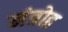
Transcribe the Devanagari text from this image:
मंत्रोह